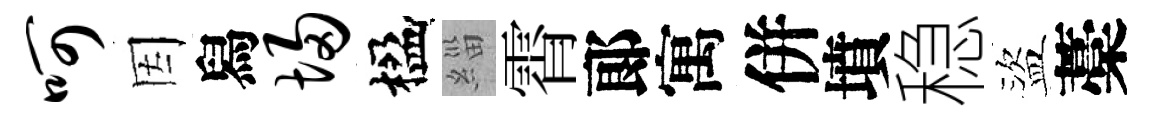
呵因舄埽楹緇霄郞寓併墳稳盜藁